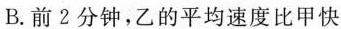
B.前2分钟，乙的平均速度比甲快